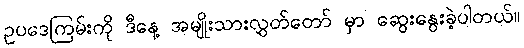
ဥပဒေကြမ်းကို ဒီနေ့ အမျိုးသားလွှတ်တော် မှာ ဆွေးနွေးခဲ့ပါတယ်။